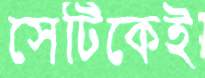
সেটিকেই